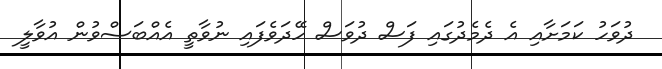
ދުވަހު ކަމަށާއި އެ ދެމެދުގައި ފަސް ދުވަސް ހޭދަވެފައި ނުވާތީ އެއްބަސްވުން އުވާލީ